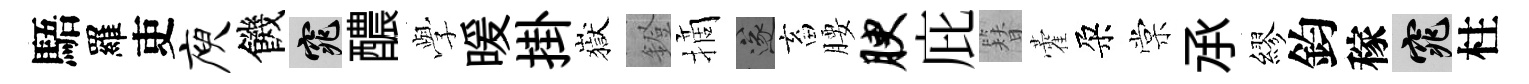
䮏羅吏庾饑窕醲𫝯暖掛嶽鐙摘遂畜腰腴庇簪藿朶棠𠄘繆鈞稼窕柱